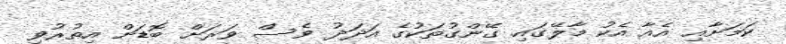
ކަމަށާއި އެއާ އެކު މާލޭގައި ގޭންގުތަކުގެ އަދަދު ވެސް ވަރަށް ބޮޑަށް އިތުރުވި